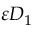
\varepsilon D _ { 1 }